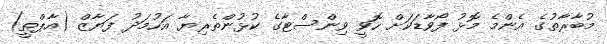
މުބާރާތުގެ އެންމެ މޮޅު ފޯވާޑަކަށް ހޮވީ ވިންސްޓާގެ ކުޅުންތެރިޔާ އަހުމަދު ފަޔާޒް (އާޕްތީ)